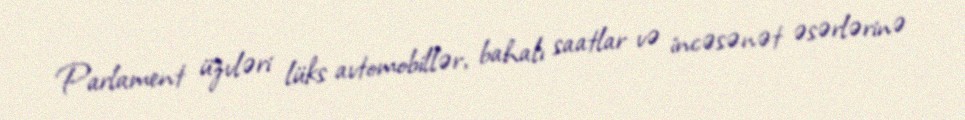
Parlament üzvləri lüks avtomobillər, bahalı saatlar və incəsənət əsərlərinə